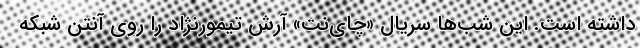
داشته است. این شب‌ها سریال «چای‌نت» آرش تیمورنژاد را روی آنتن شبکه